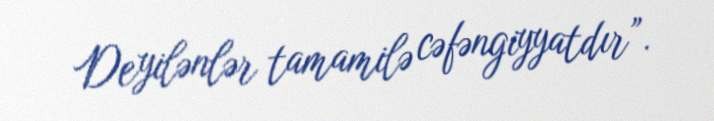
Deyilənlər tamamilə cəfəngiyyatdır”.